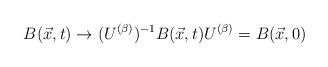
LaTeX: \begin{align*}B(\vec{x},t)\rightarrow (U^{(\beta)})^{-1} B(\vec{x},t) U^{(\beta)} =B(\vec{x},0)\end{align*}